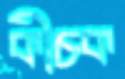
কীচক